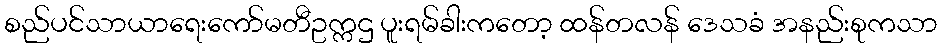
စည်ပင်သာယာရေးကော်မတီဥက္ကဌ ပူးရမ်ခါးကတော့ ထန်တလန် ဒေသခံ အနည်းစုကသာ